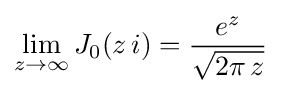
\lim _{z\to \infty }J_{0}(z\,i)={\frac {e^{z}}{\sqrt {2\pi \,z}}}